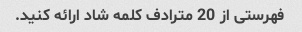
فهرستی از 20 مترادف کلمه شاد ارائه کنید.